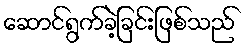
ဆောင်ရွက်ခဲ့ခြင်းဖြစ်သည်